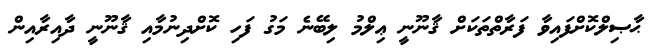
ޙާޞިލްކޮށްފައިވާ ފަރާތްތަކަށް ޤާނޫނީ ޢިލްމު ލިބޭނެ މަގު ފަހި ކޮށްދިނުމާއި ޤާނޫނީ ދާއިރާއިން